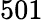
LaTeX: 501